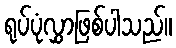
ရုပ်ပုံလွှာဖြစ်ပါသည်။